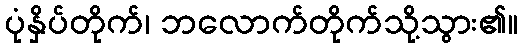
ပုံနှိပ်တိုက်၊ ဘလောက်တိုက်သို့သွား၏။